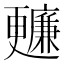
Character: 𣍙